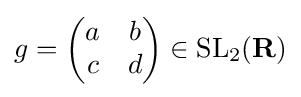
g={\begin{pmatrix}a&b\\c&d\end{pmatrix}}\in \operatorname {SL} _{2}(\mathbf {R} )